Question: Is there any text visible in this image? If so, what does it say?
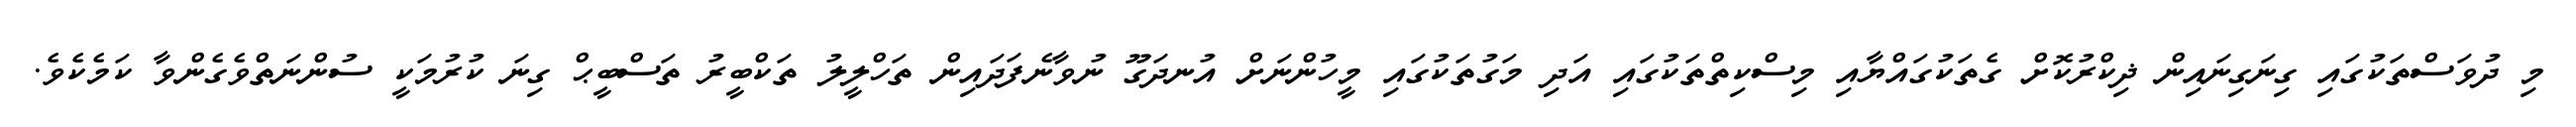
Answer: މި ދުވަސްތަކުގައި ގިނަގިނައިން ޛިކްރުކޮށް ގެތަކުގައްޔާއި މިސްކިތްތަކުގައި އަދި މަގުތަކުގައި މީހުންނަށް އުނދަގޫ ނުވާނެފަދައިން ތަހްލީލު ތަކްބީރު ތަސްބީޙް ގިނަ ކުރުމަކީ ސުންނަތްވެގެންވާ ކަމެކެވެ.